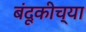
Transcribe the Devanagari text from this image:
बंदूकीच्या